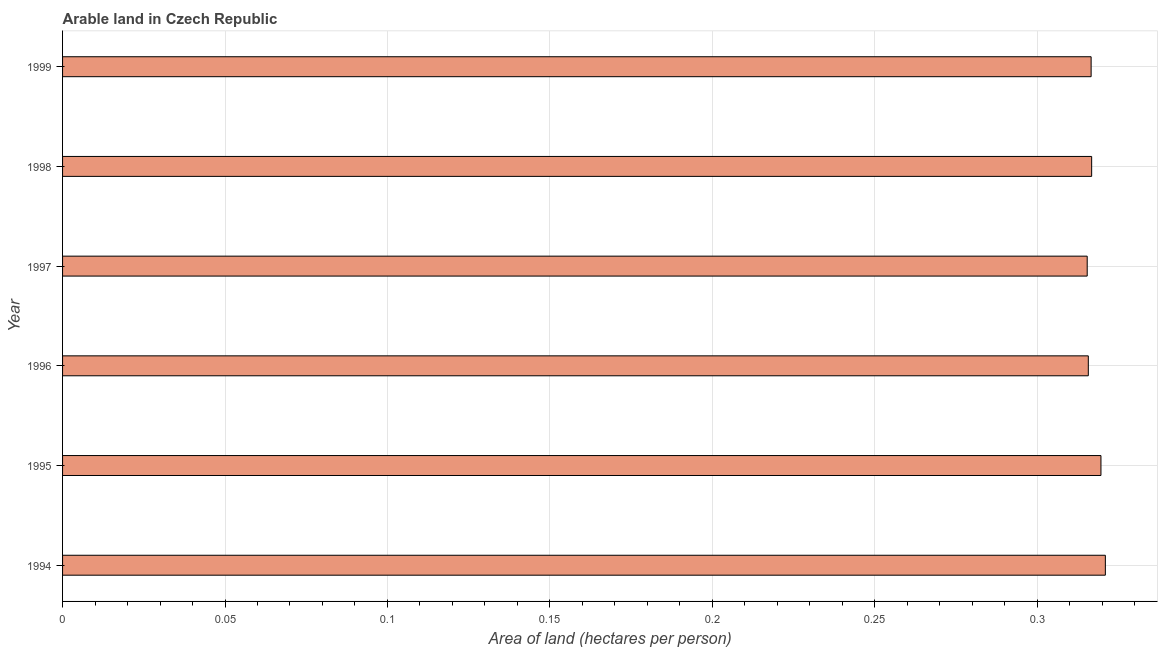
| Year | Arable land |
 | --- | --- |
 | 1994 | 0.321 |
 | 1995 | 0.32 |
 | 1996 | 0.316 |
 | 1997 | 0.315 |
 | 1998 | 0.317 |
 | 1999 | 0.317 |